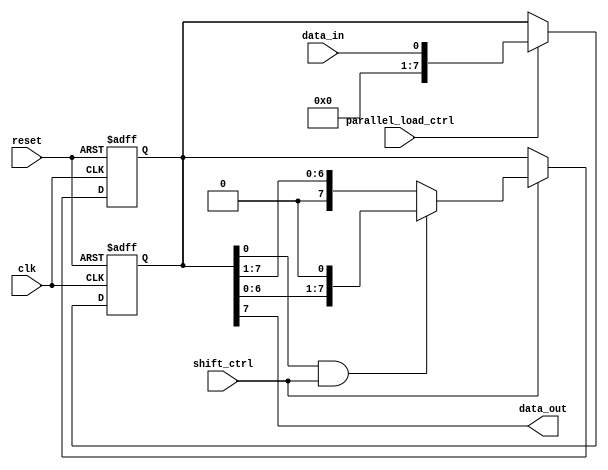
module universal_shift_register(
    input wire clk,
    input wire reset,
    input wire shift_ctrl,
    input wire parallel_load_ctrl,
    input wire data_in,
    output wire data_out
);

reg [7:0] register;

always @(posedge clk or posedge reset) begin
    if (reset) begin
        register <= 8'h00;
    end else begin
        if (shift_ctrl) begin
            if (register[0] & shift_ctrl) begin
                register <= {register[6:0], 1'b0};
            end else begin
                register <= {1'b0, register[7:1]};
            end
        end
    end
end

always @(posedge clk or posedge reset) begin
    if (reset) begin
        register <= 8'h00;
    end else begin
        if (parallel_load_ctrl) begin
            register <= data_in;
        end
    end
end

assign data_out = register[7];

endmodule